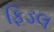
ફિડલ